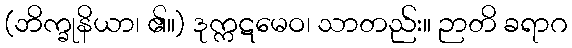
(ဘိက္ခုနိယာ၊ ၏။) ဒုက္ကဋမေဝ၊ သာတည်း။ ဉာတိ ခရာဂ